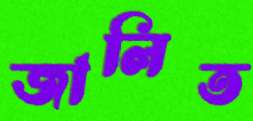
জালিত